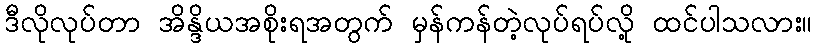
ဒီလိုလုပ်တာ အိန္ဒိယအစိုးရအတွက် မှန်ကန်တဲ့လုပ်ရပ်လို့ ထင်ပါသလား။